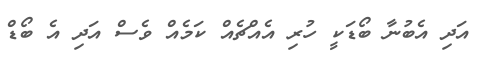
އަދި އެބުނާ ބޯޑަކީ ހުރި އެއްޗެއް ކަމެއް ވެސް އަދި އެ ބޯޑް